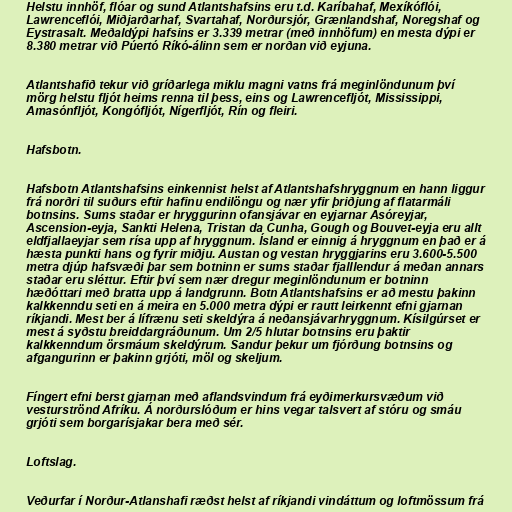
Helstu innhöf, flóar og sund Atlantshafsins eru t.d. Karíbahaf, Mexíkóflói,
Lawrenceflói, Miðjarðarhaf, Svartahaf, Norðursjór, Grænlandshaf, Noregshaf og
Eystrasalt. Meðaldýpi hafsins er 3.339 metrar (með innhöfum) en mesta dýpi er
8.380 metrar við Púertó Ríkó-álinn sem er norðan við eyjuna.

Atlantshafið tekur við gríðarlega miklu magni vatns frá meginlöndunum því
mörg helstu fljót heims renna til þess, eins og Lawrencefljót, Mississippi,
Amasónfljót, Kongófljót, Nígerfljót, Rín og fleiri.

Hafsbotn.

Hafsbotn Atlantshafsins einkennist helst af Atlantshafshryggnum en hann liggur
frá norðri til suðurs eftir hafinu endilöngu og nær yfir þriðjung af flatarmáli
botnsins. Sums staðar er hryggurinn ofansjávar en eyjarnar Asóreyjar,
Ascension-eyja, Sankti Helena, Tristan da Cunha, Gough og Bouvet-eyja eru allt
eldfjallaeyjar sem rísa upp af hryggnum. Ísland er einnig á hryggnum en það er á
hæsta punkti hans og fyrir miðju. Austan og vestan hryggjarins eru 3.600-5.500
metra djúp hafsvæði þar sem botninn er sums staðar fjalllendur á meðan annars
staðar eru sléttur. Eftir því sem nær dregur meginlöndunum er botninn
hæðóttari með bratta upp á landgrunn. Botn Atlantshafsins er að mestu þakinn
kalkkenndu seti en á meira en 5.000 metra dýpi er rautt leirkennt efni gjarnan
ríkjandi. Mest ber á lífrænu seti skeldýra á neðansjávarhryggnum. Kísilgúrset er
mest á syðstu breiddargráðunum. Um 2/5 hlutar botnsins eru þaktir
kalkkenndum örsmáum skeldýrum. Sandur þekur um fjórðung botnsins og
afgangurinn er þakinn grjóti, möl og skeljum.

Fíngert efni berst gjarnan með aflandsvindum frá eyðimerkursvæðum við
vesturströnd Afríku. Á norðurslóðum er hins vegar talsvert af stóru og smáu
grjóti sem borgarísjakar bera með sér.

Loftslag.

Veðurfar í Norður-Atlanshafi ræðst helst af ríkjandi vindáttum og loftmössum frá